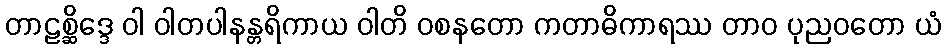
တာဠစ္ဆိဒ္ဒေ ဝါ ဝါတပါနန္တရိကာယ ဝါတိ ဝစနတော ကတာဓိကာရဿ တာဝ ပုညဝတော ယံ